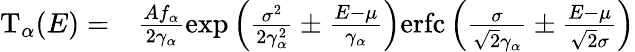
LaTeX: \begin{array}{rl}{\mathrm{T}_{\alpha}(E)=}&{\frac{Af_{\alpha}}{2\gamma_{\alpha}}\exp\left(\frac{\sigma^{2}}{2\gamma_{\alpha}^{2}}\pm\frac{E-\mu}{\gamma_{\alpha}}\right)\mathrm{erfc}\left(\frac{\sigma}{\sqrt{2}\gamma_{\alpha}}\pm\frac{E-\mu}{\sqrt{2}\sigma}\right)}\end{array}